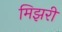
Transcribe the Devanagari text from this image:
मिझरी